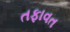
તફાવત